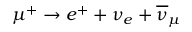
\mu ^ { + } \rightarrow e ^ { + } + \nu _ { e } + \overline { { \nu } } _ { \mu }